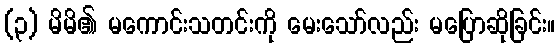
(၃) မိမိ၏ မကောင်းသတင်းကို မေးသော်လည်း မပြောဆိုခြင်း။